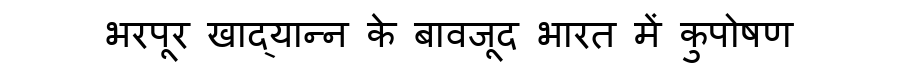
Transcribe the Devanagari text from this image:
भरपूर खाद्यान्न के बावजूद भारत में कुपोषण